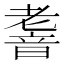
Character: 𮧹